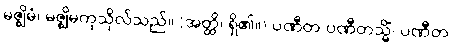
မဇ္ဈိမံ၊ မဇ္ဈိမကုသိုလ်သည်။ (အတ္ထိ၊ ရှိ၏။) ပဏီတ ပဏီတသ္မိံ၊ ပဏီတ